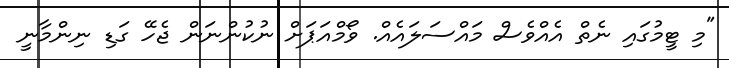
"މި ޓީމުގައި ނެތް އެއްވެސް މައްސަލައެއް. ވޯމްއަޕަށް ނުކުންނަން ޖެހޭ ގަޑި ނިންމާނީ